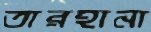
তারহানা